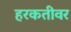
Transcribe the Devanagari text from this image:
हरकतीवर